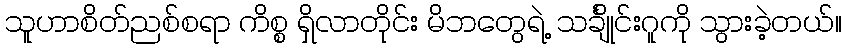
သူဟာစိတ်ညစ်စရာ ကိစ္စ ရှိလာတိုင်း မိဘတွေရဲ့ သင်္ချိုင်းဂူကို သွားခဲ့တယ်။